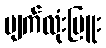
မျက်လုံးပြူး